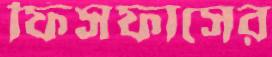
ফিসফাসের